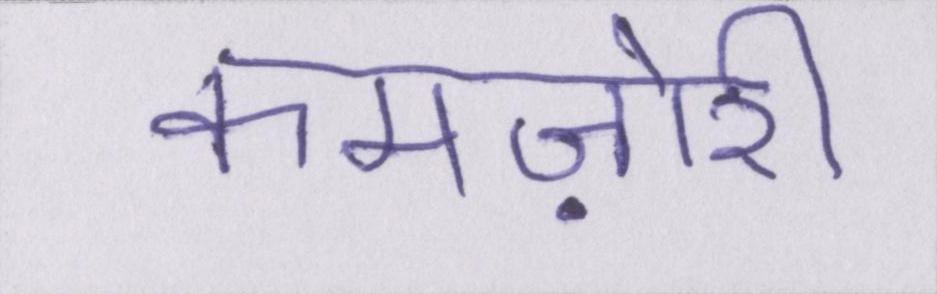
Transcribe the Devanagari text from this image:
कमज़ोरी